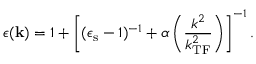
\epsilon ( \mathbf { k } ) = 1 + \left[ ( \epsilon _ { \mathrm { s } } - 1 ) ^ { - 1 } + \alpha \left( \frac { k ^ { 2 } } { k _ { \mathrm { T F } } ^ { 2 } } \right) \right] ^ { - 1 } .